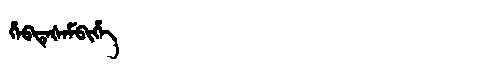
Manchu: ᡥᡝᠪᡨᡝᡧᡝᠮᠪᡳᡥᡝ
Romanization: HEBTEŠEMBIHE